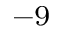
^ { - 9 }